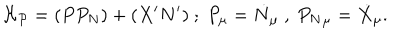
{ \cal H _ { P } } = ( P P _ { N } ) + ( X ^ { \prime } N ^ { \prime } ) ~ ; ~ P _ { \mu } = \dot { N } _ { \mu } ~ , ~ { P _ { N } } _ { \mu } = \dot { X } _ { \mu } .